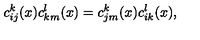
c _ { i j } ^ { k } ( x ) c _ { k m } ^ { l } ( x ) = c _ { j m } ^ { k } ( x ) c _ { i k } ^ { l } ( x ) ,